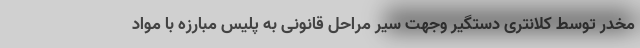
مخدر توسط کلانتری دستگیر وجهت سیر مراحل قانونی به پلیس مبارزه با مواد